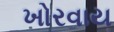
ખોરવાય